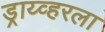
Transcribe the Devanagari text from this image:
ड्राय्व्हरला